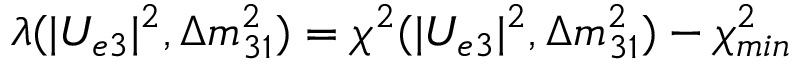
\lambda ( | U _ { e 3 } | ^ { 2 } , \Delta m _ { 3 1 } ^ { 2 } ) = \chi ^ { 2 } ( | U _ { e 3 } | ^ { 2 } , \Delta m _ { 3 1 } ^ { 2 } ) - \chi _ { m i n } ^ { 2 }